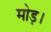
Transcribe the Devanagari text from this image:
मोड़।